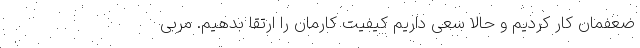
ضعفمان کار کردیم و حالا سعی داریم کیفیت کارمان را ارتقا بدهیم. مربی